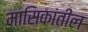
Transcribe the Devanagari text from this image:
मासिकांतील